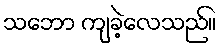
သဘော ကျခဲ့လေသည်။